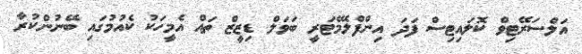
އަލްސަރޭޓިވް ކޮލައިޓިސް ފަދަ އިންފްލެމޭޓަރީ ބަވަލް ޑިޒީޒް ތައް އެމީހަކު ކެއުމުގައި ބޭނުންކުރާ